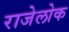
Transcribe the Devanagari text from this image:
राजेलोक